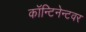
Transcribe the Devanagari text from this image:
कॉन्टिनेन्टवर